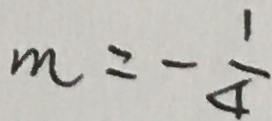
m = - \frac { 1 } { 4 }